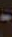
-